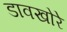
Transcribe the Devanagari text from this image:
डावखोरे